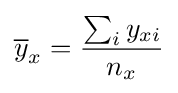
{\overline {y}}_{x}={\frac {\sum _{i}y_{xi}}{n_{x}}}